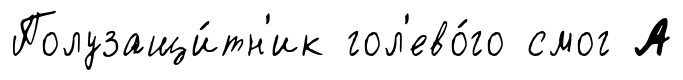
Полузащи́тн'ик гол'ево́го смог А